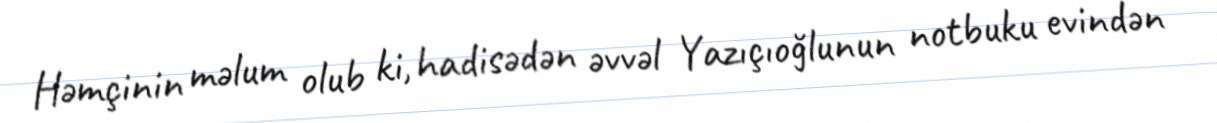
Həmçinin məlum olub ki, hadisədən əvvəl Yazıçıoğlunun notbuku evindən